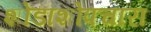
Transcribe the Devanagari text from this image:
शोडाशोपचारा